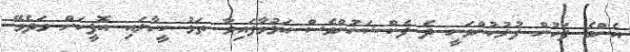
އެންމެ ފަހުން ފުލުހުންވަނީ ދެ ފެކްޝަނުންވެސް އަޅުވާފައިވާ ތަޅު ކީހާލައި އޮފީހަށް ވަދެވޭ